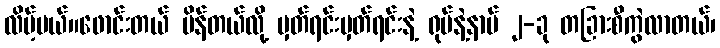
လိမ့်မယ်။ဖောင်းတယ် ပိန်တယ်လို့ မှတ်ရင်းမှတ်ရင်းနဲ့ ရုပ်နဲ့နာမ် ၂-ခု တခြားစီကွဲလာတယ်၊